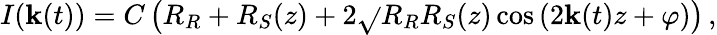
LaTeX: I(\mathbf{k}(t))=C\left(R_{R}+R_{S}(z)+2\sqrt{}{{R_{R}R_{S}(z)}}\cos\left(2\mathbf{k}(t)z+\varphi\right)\right)\, ,